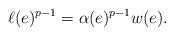
LaTeX: \begin{align*} \ell(e)^{p-1} = \alpha(e)^{p-1} w(e). \end{align*}